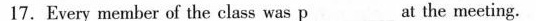
17.Every member of the class was p____at the meeting.